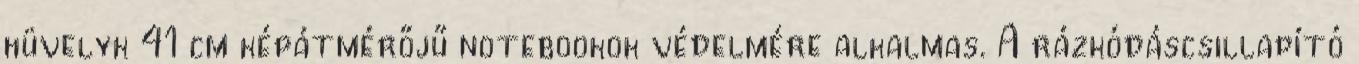
hüvelyk 41 cm képátmérőjű notebookok védelmére alkalmas. A rázkódáscsillapító